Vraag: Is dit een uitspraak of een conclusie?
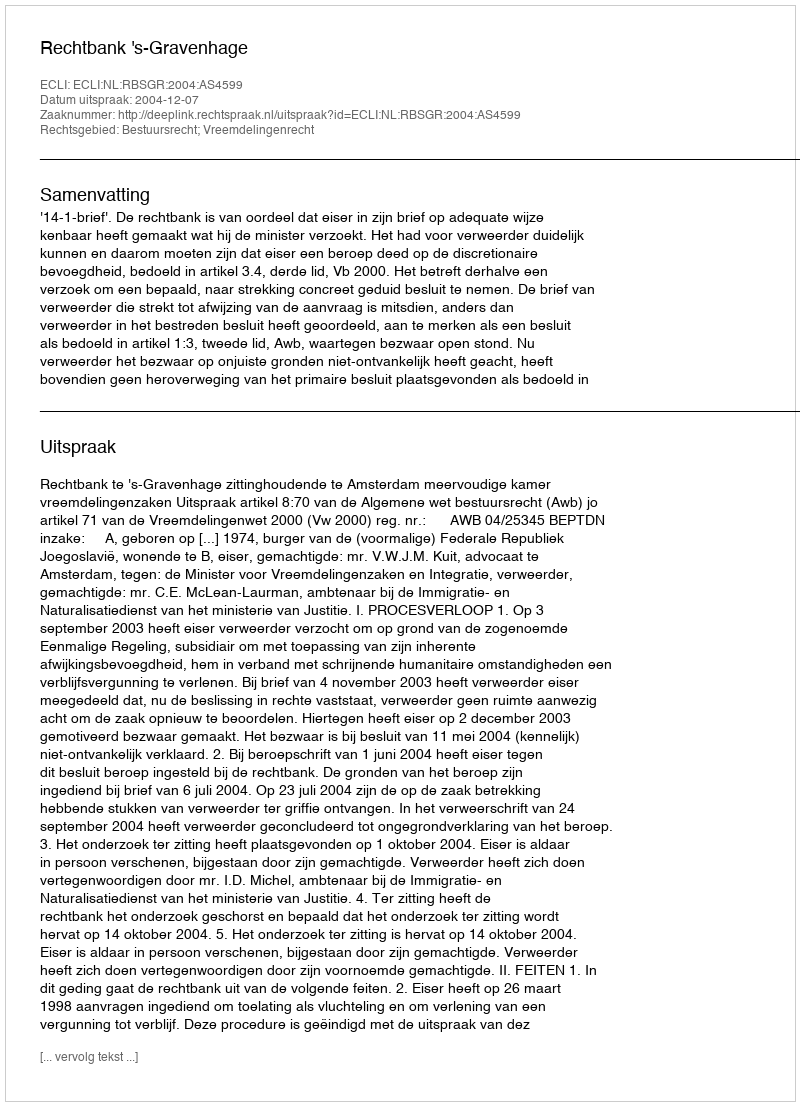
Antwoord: Uitspraak